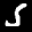
Label: 5